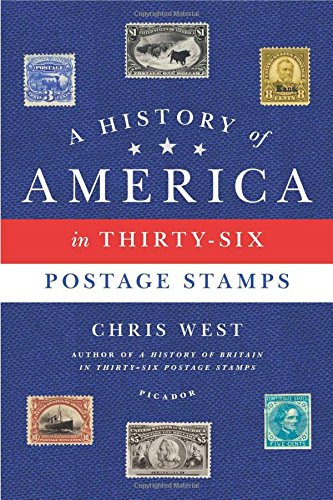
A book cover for A History of America in Thirty-Six Postage Stamps; Chris West; Crafts, Hobbies & Home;